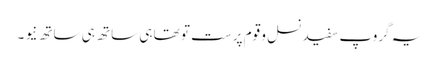
یہ گروپ سفید نسل و قوم پرست تو تھا ہی ساتھ ہی ساتھ نیو ۔